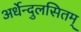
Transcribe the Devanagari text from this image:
अर्धेन्दुलसितम्